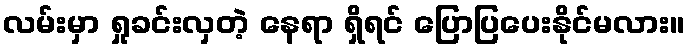
လမ်းမှာ ရှုခင်းလှတဲ့ နေရာ ရှိရင် ပြောပြပေးနိုင်မလား။